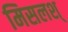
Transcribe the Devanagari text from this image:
मिसलश्